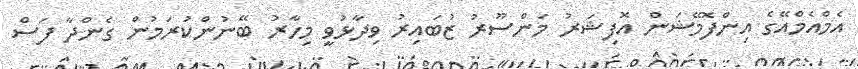
އެމްއެމްއޭގެ އިންފޮމޭޝަން އޮފިޝަރު މަންސޫރު ޒުބައިރު ވިދާޅުވީ މިހާރު ބޭނުންކުރަމުން ގެންދާ ފަސް